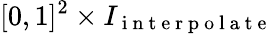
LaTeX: [0,1]^{2}\times I_{\mathrm{~i~n~t~e~r~p~o~l~a~t~e~}}